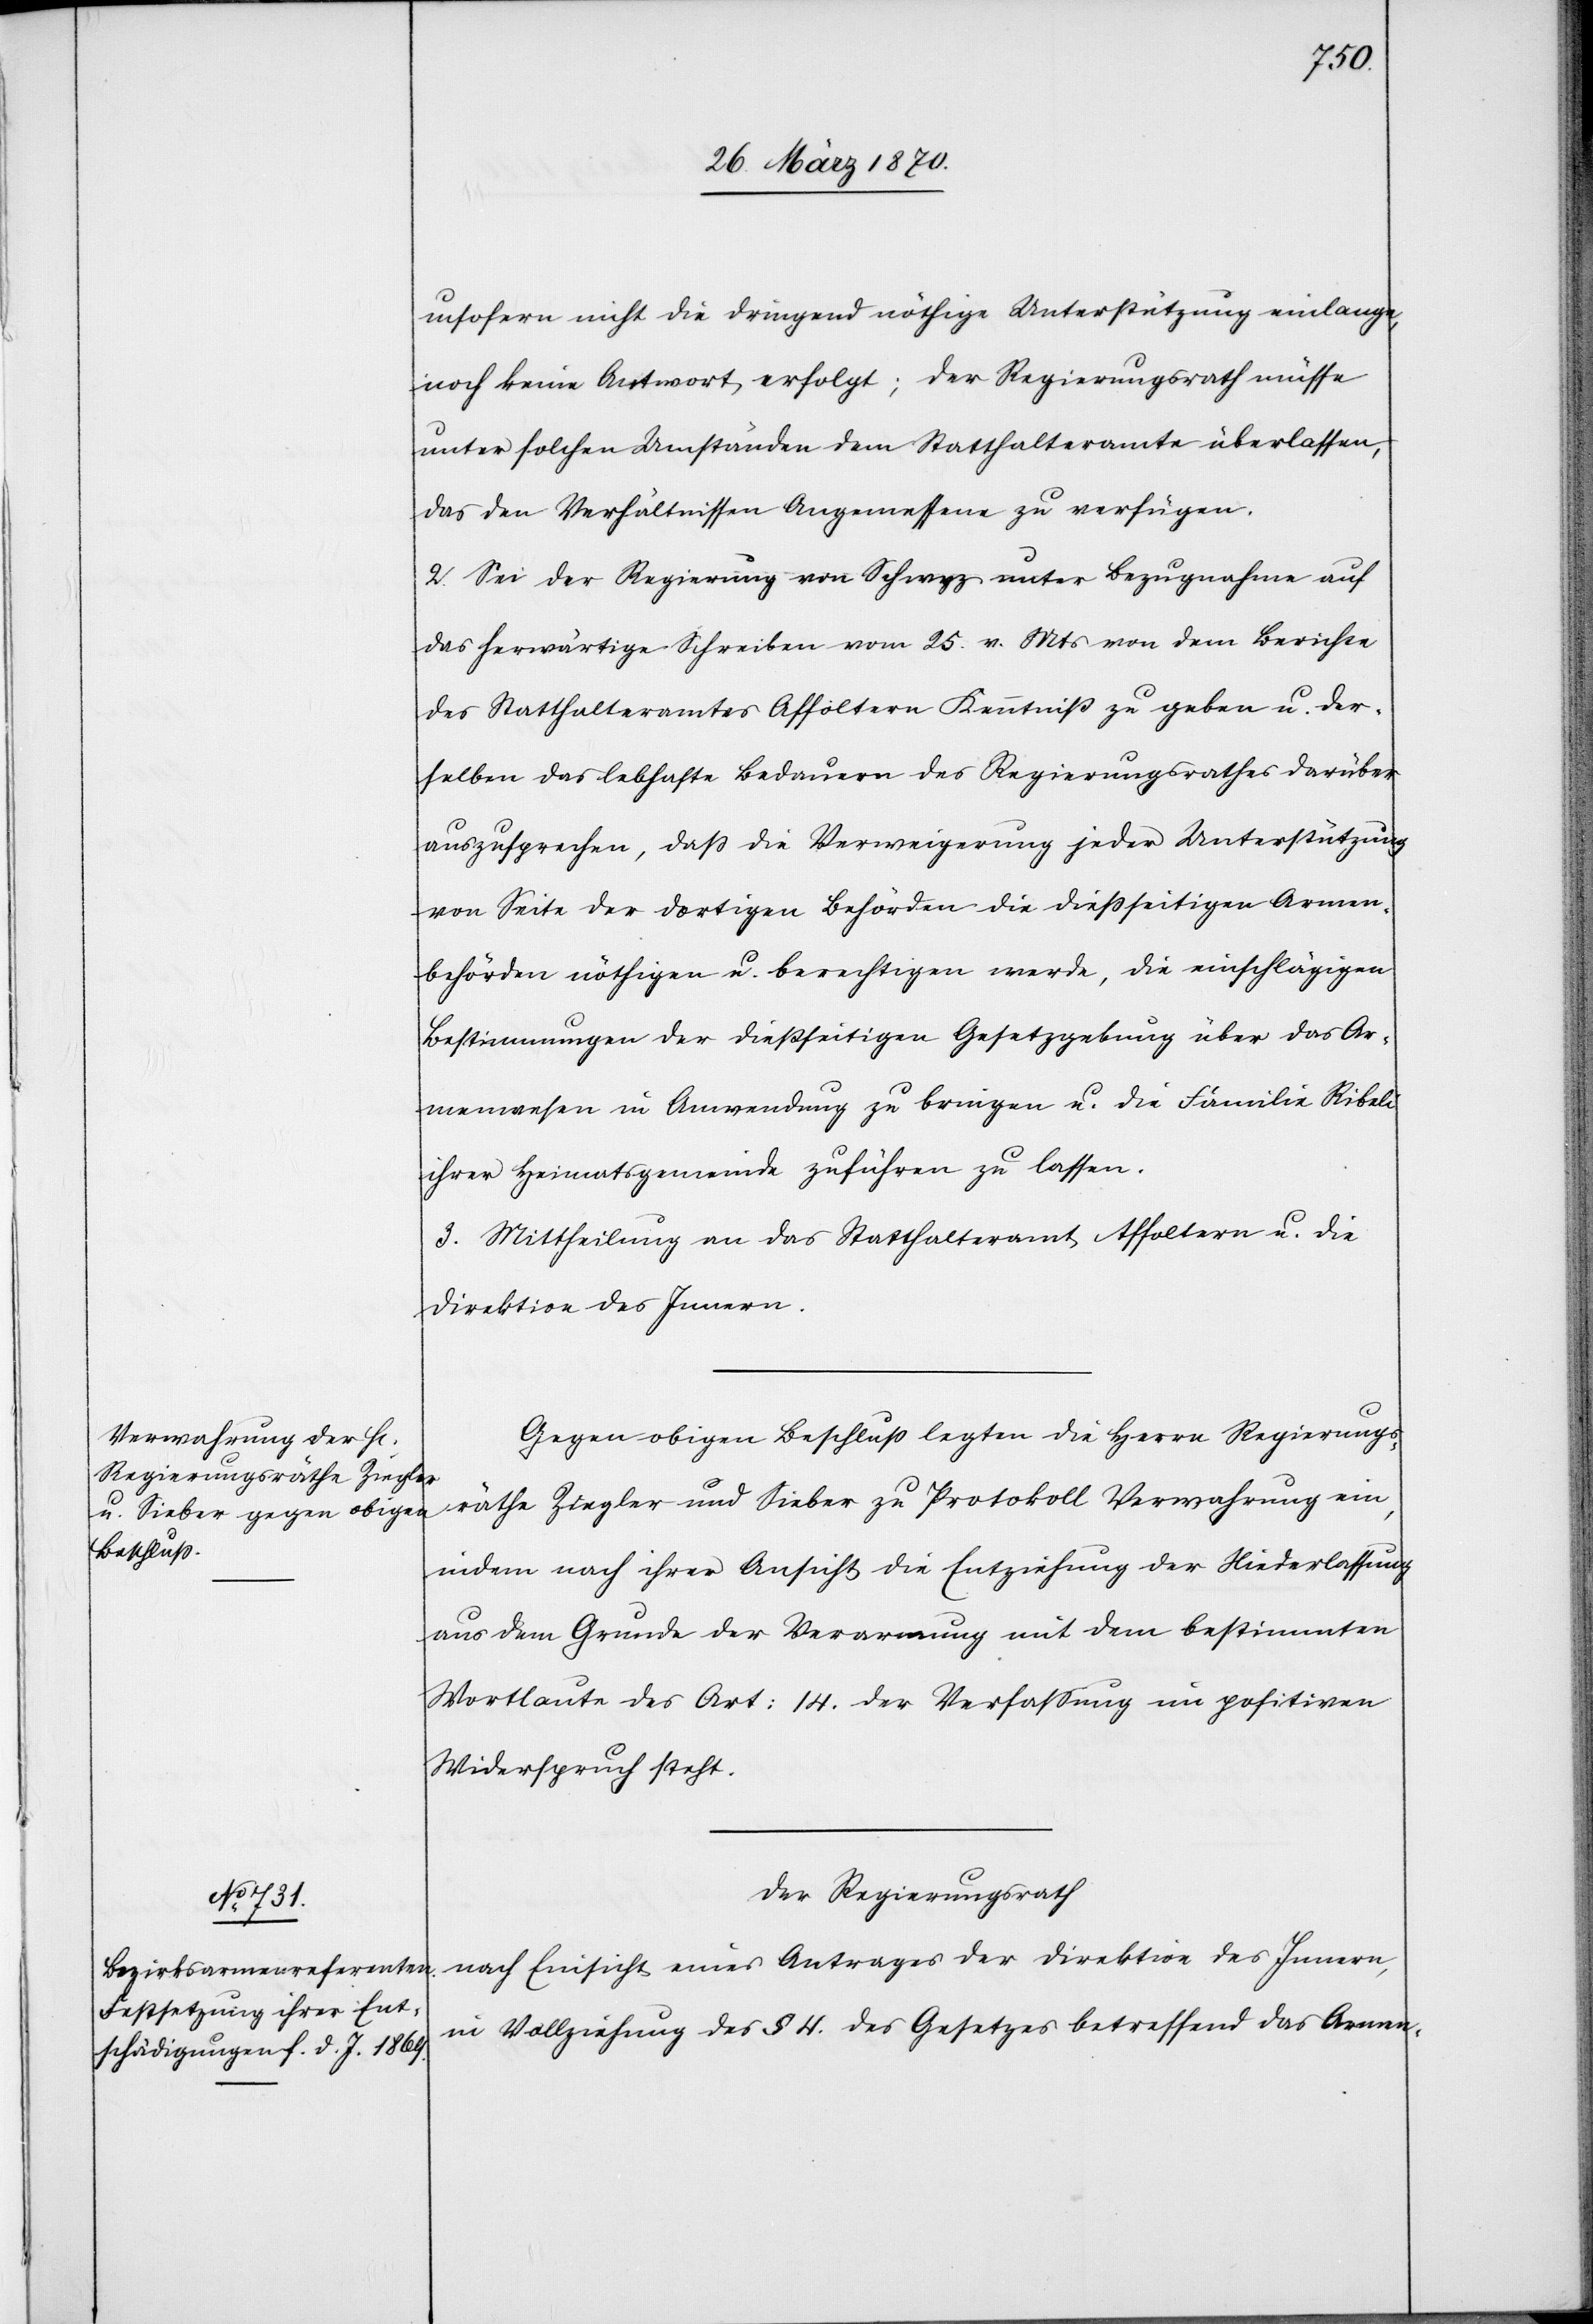
insofern nicht die dringend nöthige Unterstützung einlange,
noch keine Antwort erfolgt; der Regierungsrath müsse
unter solchen Umständen dem Statthalteramte überlassen,
das den Verhältnissen Angemessene zu verfügen.
2. Sei der Regierung von Schwyz unter Bezugnahme auf
das herwärtige Schreiben vom 25. v. Mts von dem Berichte
des Statthalteramtes Affoltern Kenntniß zu geben u. der¬
selben das lebhafte Bedauern des Regierungsrathes darüber
auszusprechen, daß die Verweigerung jeder Unterstützung
von Seite der dortigen Behörden die dießseitigen Armen¬
behörden nöthigen u. berechtigen werde, die einschlägigen
Bestimmungen der dießseitigen Gesetzgebung über das Ar¬
menwesen in Anwendung zu bringen u. die Familie Ribeli
ihrer Heimatsgemeinde zuführen zu lassen.
3. Mittheilung an das Statthalteramt Affoltern u. die
Direktion des Innern.
Gegen obigen Beschluß legten die Herrn Regierungs¬
räthe Ziegler und Sieber zu Protokoll Verwahrung ein,
indem nach ihrer Ansicht die Entziehung der Niederlassung
aus dem Grunde der Verarmung mit dem bestimmten
Wortlaute des Art: 14. der Verfassung im positiven
Widerspruch stehe.
Der Regierungsrath
nach Einsicht eines Antrages der Direktion des Innern,
in Vollziehung des § 4. des Gesetzes betreffend das Armen-